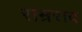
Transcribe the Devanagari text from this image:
राम्रराव